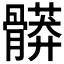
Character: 𩪎